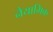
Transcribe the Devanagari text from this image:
नैयामिक